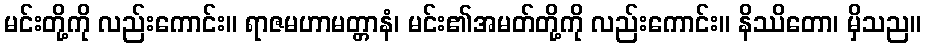
မင်းတို့ကို လည်းကောင်း။ ရာဇမဟာမတ္တာနံ၊ မင်း၏အမတ်တို့ကို လည်းကောင်း။ နိဿိတော၊ မှိသည။